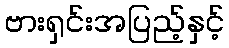
ဗားရှင်းအပြည့်နှင့်